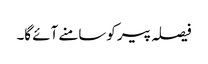
فیصلہ پیر کوسامنے آئے گا۔